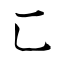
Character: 匸